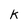
Character: k